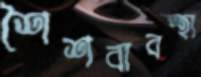
শৈশবাবস্হা